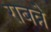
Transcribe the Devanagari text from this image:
राबन्ने